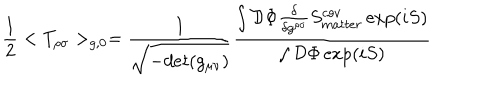
{ \frac { 1 } { 2 } } < T _ { \rho \sigma } > _ { g , 0 } = { \frac { 1 } { \sqrt { - d e t ( g _ { \mu \nu } ) } } } \frac { \int { \cal D } \Phi { \frac { \delta } { \delta g ^ { \rho \sigma } } } S _ { m a t t e r } ^ { c o v } \exp ( i S ) } { \int { \cal D } \Phi \exp ( i S ) }